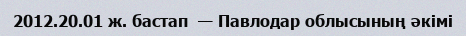
2012.20.01 ж. бастап  — Павлодар облысының әкімі